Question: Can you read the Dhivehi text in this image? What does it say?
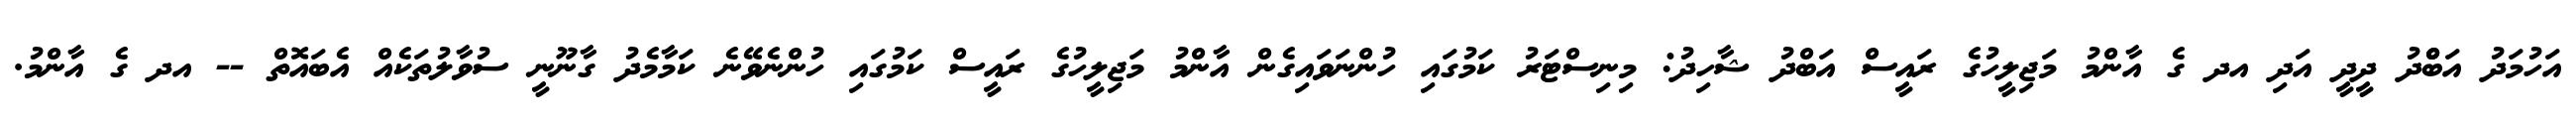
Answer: އަހުމަދު އަބްްދު ދީދީ އަދި އދ ގެ އާންމު މަޖިލީހުގެ ރައީސް އަބްދު ޝާހިދު: މިނިސްޓަރު ކަމުގައި ހުންނަވައިގެން އާންމު މަޖިލީހުގެ ރައީސް ކަމުގައި ހުންނެވޭނެ ކަމާމެދު ގާނޫނީ ސުވާލުތަކެއް އެބައޮތް -- އދ ގެ އާންމު.